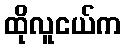
ထိုလူငယ်က